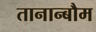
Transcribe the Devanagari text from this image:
तानान्बौम